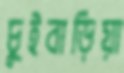
চুইবাড়িয়া